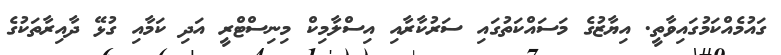
ގައުމެއްކަމުގައިވާތީ. އިޔާޒުގެ މަސައްކަތުގައި ސަރުކާރާއި އިސްލާމިކް މިނިސްޓްރީ އަދި ކަމާއި ގުޅޭ ދާއިރާތަކުގެ